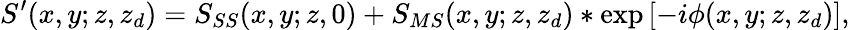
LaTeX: S^{\prime}(x,y;z,z_{d})=S_{SS}(x,y;z,0)+S_{MS}(x,y;z,z_{d})*\exp\left[-i\phi(x,y;z,z_{d})\right],